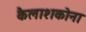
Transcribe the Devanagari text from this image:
कैलाशकोना